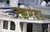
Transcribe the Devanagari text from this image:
रक्कमेवर